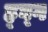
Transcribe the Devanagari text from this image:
ह्घ्ग